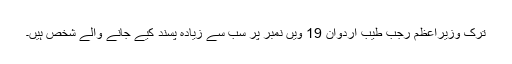
ترک وزیراعظم رجب طیب اردوان 19 ویں نمبر پر سب سے زیادہ پسند کیے جانے والے شخص ہیں۔